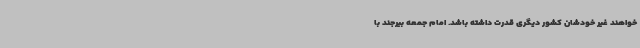
‌خواهند غیر خودشان کشور دیگری قدرت داشته باشد. امام جمعه بیرجند با